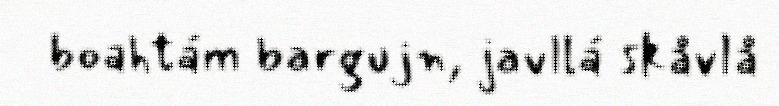
boahtám bargujn, javllá skåvlå